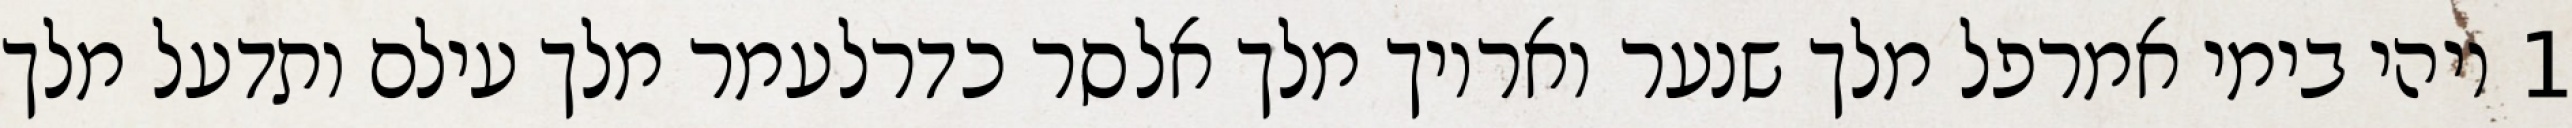
1 ויהי בימי אמרפל מלך שנער ואריוך מלך אלסר כדרלעמר מלך עילם ותדעל מלך